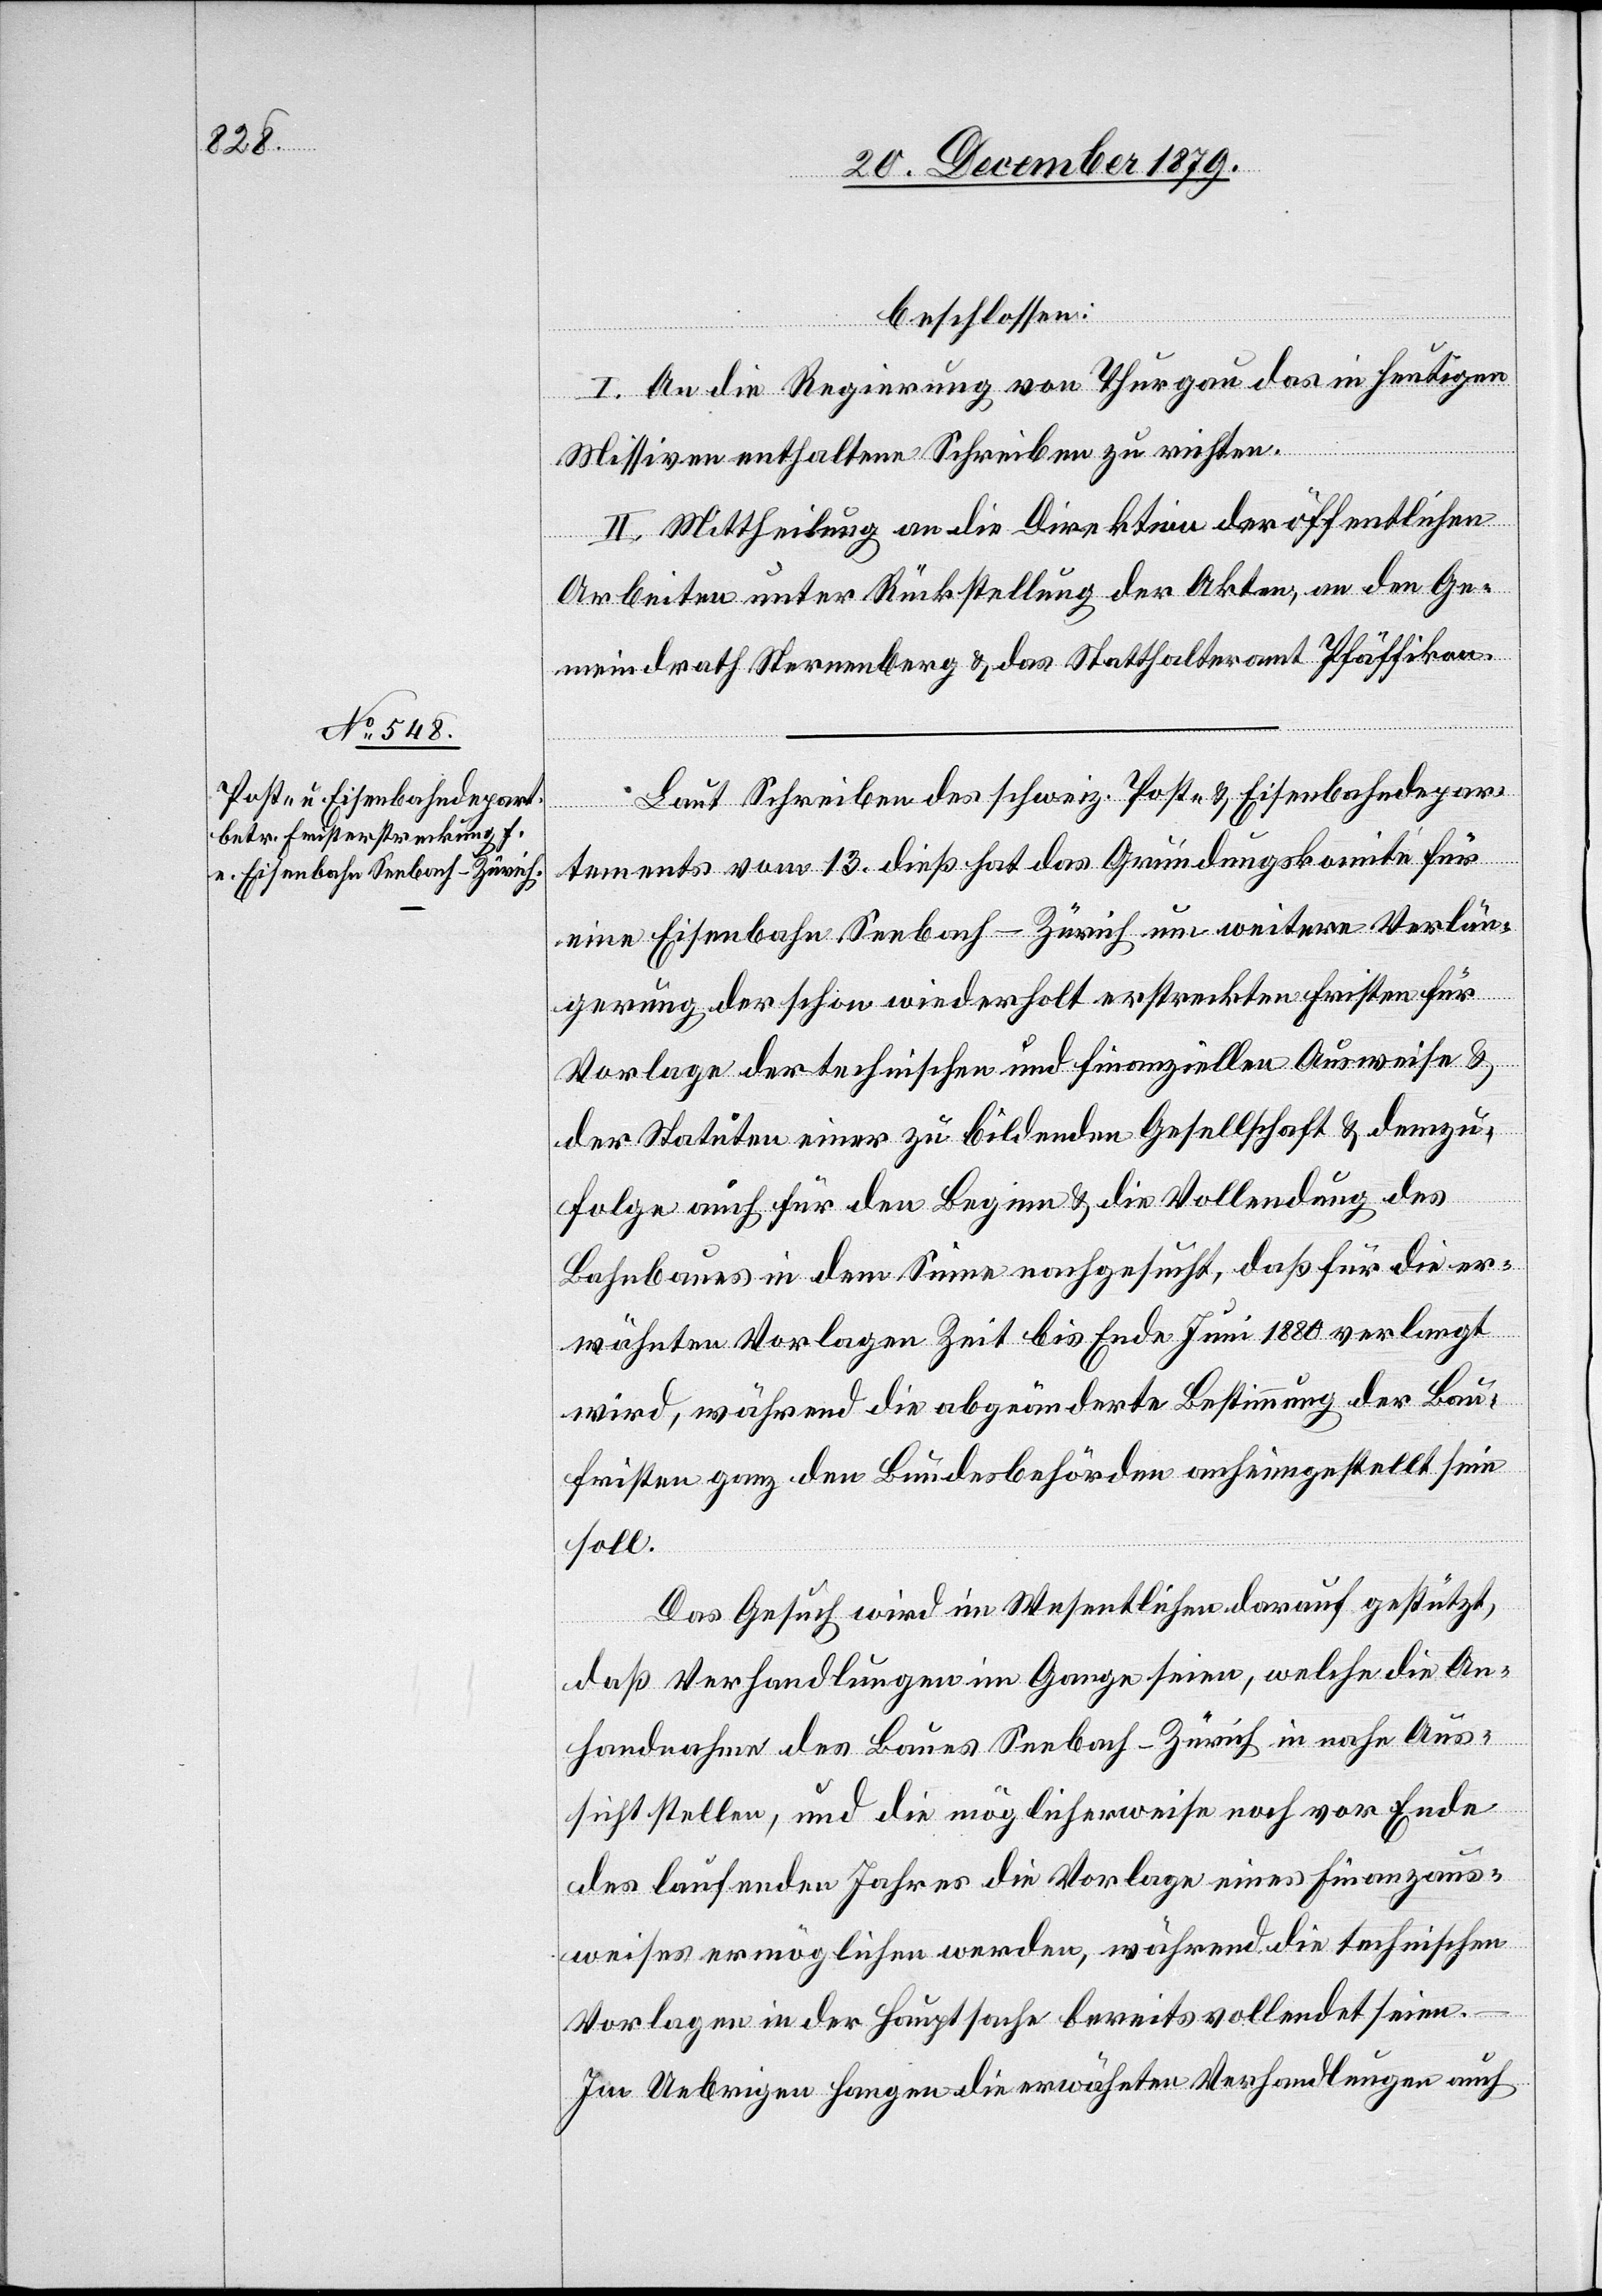
beschlossen:
I. An Die Regierung von Thurgau das in heutigen
Missiven enthaltene Schreiben zu richten.
II. Mittheilung an die Direktion der öffentlichen
Arbeiten unter Rückstellung der Akten, an den Ge¬
meindrath Sternenberg & das Statthalteramt Pfäffikon.
Laut Schreiben des schweiz. Post- & Eisenbahndepar¬
tements vom 13. dieß hat das Gründungskomite für
eine Eisenbahn Seebach–Zürich um weitere Verlän¬
gerung der schon wiederholt erstreckten Fristen für
Vorlage der technischen und finanziellen Ausweise &
der Statuten einer zu bildenden Gesellschaft & demzu¬
folge auch für den Beginn & die Vollendung des
Bahnbaues in dem Sinne nachgesucht, daß für die er¬
wähnten Vorlagen Zeit bis Ende Juni 1880 verlangt
wird, während die abgeänderte Bestimmung der Bau¬
fristen ganz den Bundesbehörden anheimgestellt sein
soll.
Das Gesuch wird im Wesentlichen darauf gestützt,
daß Verhandlungen im Gange seien, welche die An¬
handnahme des Baues Seebach–Zürich in nahe Aus¬
sicht stellen, und die möglicherweise noch vor Ende
des laufenden Jahres die Vorlage eines Finanzaus¬
weises ermöglichen werden, während die technischen
Vorlagen in der Hauptsache bereits vollendet seien.
Im Uebrigen fangen die erwähnten Verhandlung auch